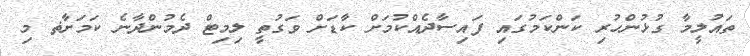
ތައުލީމާ ގުޅުންހުރި ކަންކަމުގައި ފައިސާދެއްކުމަށް ކާޑަށް ވަގުތީ ލިމިޓް ދެމުންދާނެ ކަމަށާޡ މި